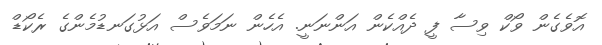
އޮވެގެން ވޯކް ވިސާ ފީ ދެއްކެން އަންނަނީ. އެހެން ނަމަވެސް އަޅުގަނޑުމެންގެ ރެކޯޑް